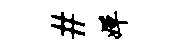
#婵